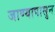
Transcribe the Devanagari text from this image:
जाण्यापासुन